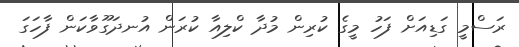
ރަސްމީ ގަޑިއަށް ފަހު މީގެ ކުރިން މުދާ ކްލިއާ ކުރަން އުނދަގޫވާކަން ފާހަގަ